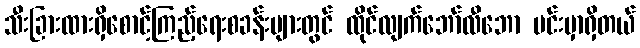
သီးခြားထားရှိစောင့်ကြည့်ရေးစခန်းများတွင် ထိုင်လျက်ဘော်လီဘော မင်းမှာရှိတယ်